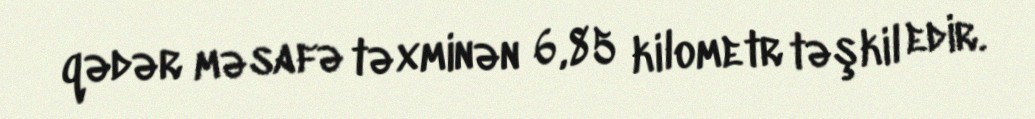
qədər məsafə təxminən 6,85 kilometr təşkil edir.